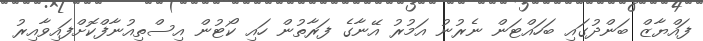
ފައްޔާޒް ބަންދުގައި ބަހައްޓަން ނެރުނު އަމުރު އޭނާގެ ފަރާތުން ހައި ކޯޓުން އިސްތިއުނާފްކޮށްފައިވާއިރު